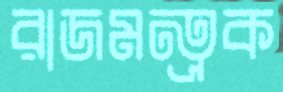
রাজমন্ত্রক